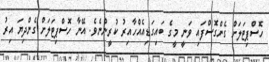
ހޮސްޕިޓަލަށް ގެންގޮސްފައި ވަނީ މީގެ ބައިގަޑިއެއްހާއިރު ކުރީންނެވެ. އޭނާ ހޮސްޕިޓަލަށް ގެންދިޔަ އިރު